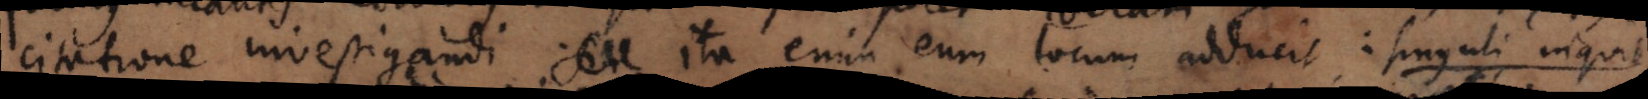
citatione investigandi; ita enim eum locum adducit: »singuli inquit,